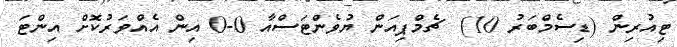
ޓިއުރިން (ޑިސެމްބަރު 10)  ޗެމްޕިއަން ޔުވެންޓަސްއާ 0-0 އިން އެއްވަރުކޮށް އިންޓަ